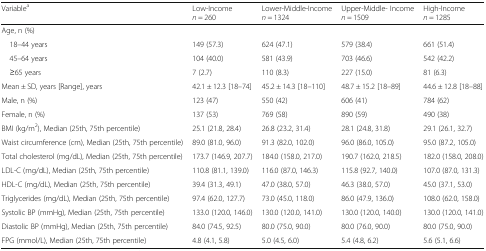
<table><thead><tr><td><b>Variable<sup>a</sup></b></td><td><b>Low-Income <i>n</i> = 260</b></td><td><b>Lower-Middle-Income <i>n</i> = 1324</b></td><td><b>Upper-Middle- Income <i>n</i> = 1509</b></td><td><b>High-Income <i>n</i> = 1285</b></td></tr></thead><tbody><tr><td colspan="5">Age, n (%)</td></tr><tr><td> 18–44 years</td><td>149 (57.3)</td><td>624 (47.1)</td><td>579 (38.4)</td><td>661 (51.4)</td></tr><tr><td> 45–64 years</td><td>104 (40.0)</td><td>581 (43.9)</td><td>703 (46.6)</td><td>542 (42.2)</td></tr><tr><td> ≥65 years</td><td>7 (2.7)</td><td>110 (8.3)</td><td>227 (15.0)</td><td>81 (6.3)</td></tr><tr><td>Mean ± SD, years [Range], years</td><td>42.1 ± 12.3 [18–74]</td><td>45.2 ± 14.3 [18–110]</td><td>48.7 ± 15.2 [18–89]</td><td>44.6 ± 12.8 [18–88]</td></tr><tr><td>Male, n (%)</td><td>123 (47)</td><td>550 (42)</td><td>606 (41)</td><td>784 (62)</td></tr><tr><td>Female, n (%)</td><td>137 (53)</td><td>769 (58)</td><td>890 (59)</td><td>490 (38)</td></tr><tr><td>BMI (kg/m<sup>2</sup>), Median (25th, 75th percentile)</td><td>25.1 (21.8, 28.4)</td><td>26.8 (23.2, 31.4)</td><td>28.1 (24.8, 31.8)</td><td>29.1 (26.1, 32.7)</td></tr><tr><td>Waist circumference (cm), Median (25th, 75th percentile)</td><td>89.0 (81.0, 96.0)</td><td>91.3 (82.0, 102.0)</td><td>96.0 (86.0, 105.0)</td><td>95.0 (87.2, 105.0)</td></tr><tr><td>Total cholesterol (mg/dL), Median (25th, 75th percentile)</td><td>173.7 (146.9, 207.7)</td><td>184.0 (158.0, 217.0)</td><td>190.7 (162.0, 218.5)</td><td>182.0 (158.0, 208.0)</td></tr><tr><td>LDL-C (mg/dL), Median (25th, 75th percentile)</td><td>110.8 (81.1, 139.0)</td><td>116.0 (87.0, 146.3)</td><td>115.8 (92.7, 140.0)</td><td>107.0 (87.0, 131.3)</td></tr><tr><td>HDL-C (mg/dL), Median (25th, 75th percentile)</td><td>39.4 (31.3, 49.1)</td><td>47.0 (38.0, 57.0)</td><td>46.3 (38.0, 57.0)</td><td>45.0 (37.1, 53.0)</td></tr><tr><td>Triglycerides (mg/dL), Median (25th, 75th percentile)</td><td>97.4 (62.0, 127.7)</td><td>73.0 (45.0, 118.0)</td><td>86.0 (47.9, 136.0)</td><td>108.0 (62.0, 158.0)</td></tr><tr><td>Systolic BP (mmHg), Median (25th, 75th percentile)</td><td>133.0 (120.0, 146.0)</td><td>130.0 (120.0, 141.0)</td><td>130.0 (120.0, 140.0)</td><td>130.0 (120.0, 141.0)</td></tr><tr><td>Diastolic BP (mmHg), Median (25th, 75th percentile)</td><td>84.0 (74.5, 92.5)</td><td>80.0 (75.0, 90.0)</td><td>80.0 (76.0, 90.0)</td><td>80.0 (75.0, 90.0)</td></tr><tr><td>FPG (mmol/L), Median (25th, 75th percentile)</td><td>4.8 (4.1, 5.8)</td><td>5.0 (4.5, 6.0)</td><td>5.4 (4.8, 6.2)</td><td>5.6 (5.1, 6.6)</td></tr></tbody></table>